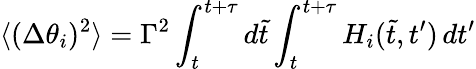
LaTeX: \langle(\Delta\theta_{i})^{2}\rangle=\Gamma^{2}\int_{t}^{t+\tau}d\tilde{t}\int_{t}^{t+\tau}H_{i}(\tilde{t},t^{\prime})\, dt^{\prime}